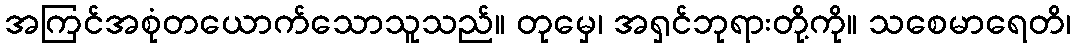
အကြင်အစုံတယောက်သောသူသည်။ တုမှေ၊ အရှင်ဘုရားတို့ကို။ သစေမာရေတိ၊